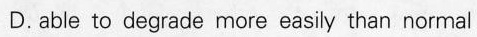
D. able to degrade more easily than normal